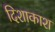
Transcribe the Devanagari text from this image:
दिशाकाश